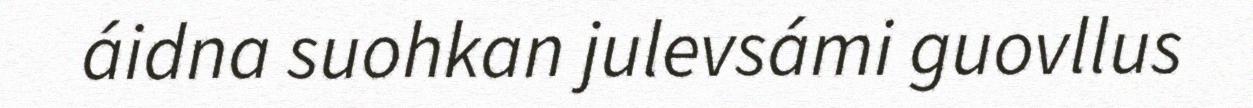
áidna suohkan julevsámi guovllus